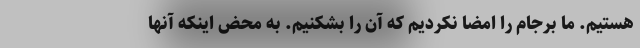
هستیم. ما برجام را امضا نکردیم که آن را بشکنیم. به محض اینکه آنها